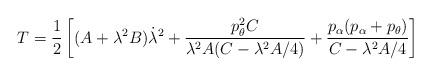
LaTeX: \begin{align*}T=\frac{1}{2}\left[(A+\lambda^{2}B)\dot{\lambda}^{2}+\frac{p_{\theta}^{2}C}{\lambda^{2}A(C-\lambda^{2}A/4)}+\frac{p_{\alpha}(p_{\alpha}+p_{\theta})}{C-\lambda^{2}A/4}\right]\end{align*}